Plague in India, 1896, 1897 - Volume 2
Year: 1896
Disease focus: Plague
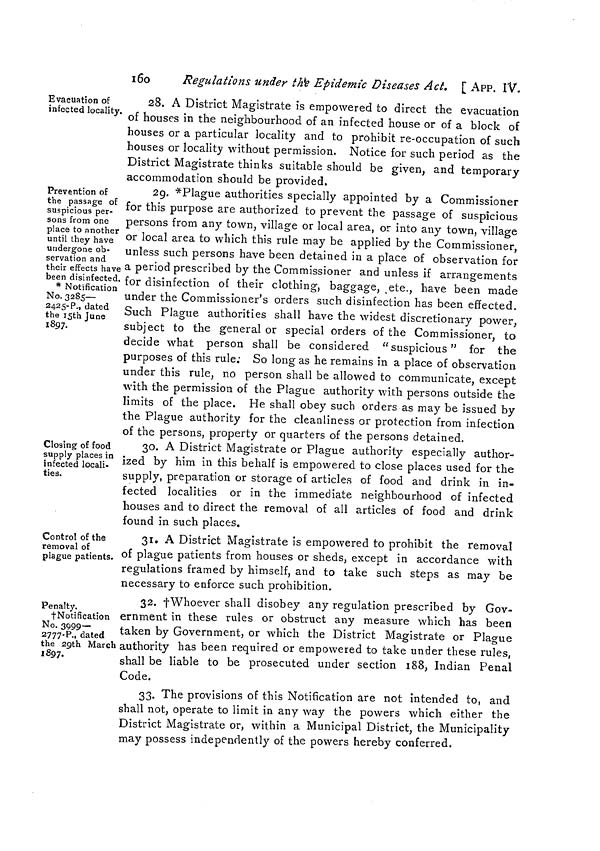
16o
Regulations under the Epidemic Diseases Act. [ APP. IV.
Evacuation of
infected locality.
28. A District Magistrate is empowered to direct the evacuation
of houses in the neighbourhood of an infected house or of a block of
houses or a particular locality and to prohibit re-occupation of such
houses or locality without permission. Notice for such period as the
District Magistrate thinks suitable should be given, and temporary
accommodation should be provided.
Prevention of
the passage of
suspicious per-
sons from one
place to another
until they have
undergone ob-
servation and
their effects have
been disinfected.
* Notification
No. 3285—
2425-P., dated
the 15th June
1897.
29. *Plague authorities specially appointed by a Commissioner
for this purpose are authorized to prevent the passage of suspicious
persons from any town, village or local area, or into any town, village
or local area to which this rule may be applied by the Commissioner,
unless such persons have been detained in a place of observation for
a period prescribed by the Commissioner and unless if arrangements
for disinfection of their clothing, baggage, etc., have been made
under the Commissioner's orders such disinfection has been effected.
Such Plague authorities shall have the widest discretionary power,
subject to the general or special orders of the Commissioner, to
decide what person shall be considered "suspicious" for the
purposes of this rule; So long as he remains in a place of observation
under this rule, no person shall be allowed to communicate, except
with the permission of the Plague authority with persons outside the
limits of the place. He shall obey such orders as may be issued by
the Plague authority for the cleanliness or protection from infection
of the persons, property or quarters of the persons detained.
Closing of food
supply places in
infected locali-
ties.
30. A District Magistrate or Plague authority especially author-
ized by him in this behalf is empowered to close places used for the
supply, preparation or storage of articles of food and drink in in-
fected localities or in the immediate neighbourhood of infected
houses and to direct the removal of all articles of food and drink
found in such places.
Control of the
removal of
plague patients.
31. A District Magistrate is empowered to prohibit the removal
of plague patients from houses or sheds, except in accordance with
regulations framed by himself, and to take such steps as may be
necessary to enforce such prohibition.
Penalty.
fNotification
No. 3999—
2777-P., dated
the 29th March
1897.
32. †Whoever shall disobey any regulation prescribed by Gov-
ernment in these rules or obstruct any measure which has been
taken by Government, or which the District Magistrate or Plague
authority has been required or empowered to take under these rules,
shall be liable to be prosecuted under section 188, Indian Penal
Code.
33. The provisions of this Notification are not intended to, and
shall not, operate to limit in any way the powers which either the
District Magistrate or, within a Municipal District, the Municipality
may possess independently of the powers hereby conferred.